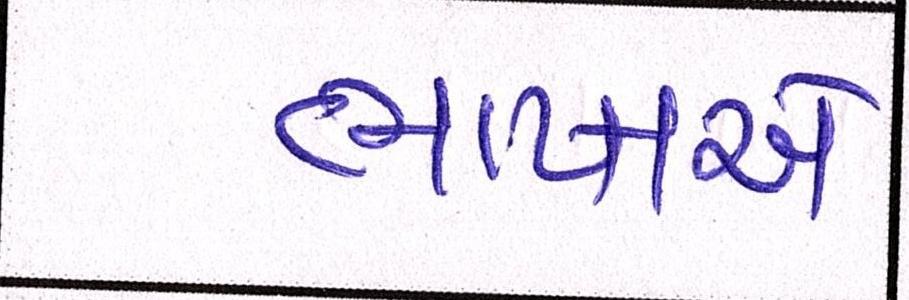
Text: ભાષાએ